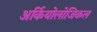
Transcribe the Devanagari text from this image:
अर्कियोलोजिकल